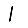
Digit: 1